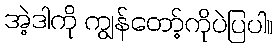
အဲ့ဒါကို ကျွန်တော့်ကိုပဲပြပါ။